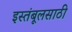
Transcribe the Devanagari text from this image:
इस्तंबूलसाठी